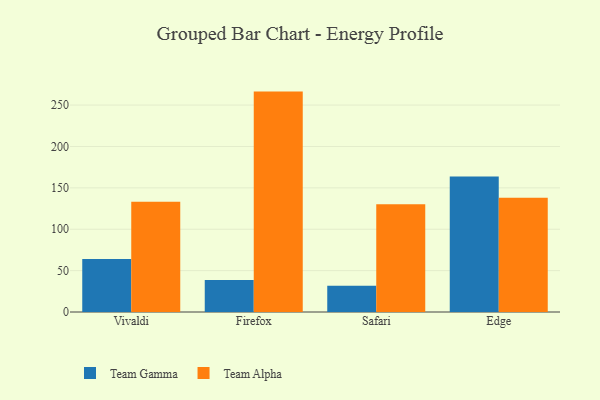
{"axis": {"x": "Browser", "y": "Humidity (%)"}, "legend": ["Team Alpha", "Team Gamma"], "data": [{"x": "Vivaldi", "y": 63.9, "type": "Team Gamma"}, {"x": "Vivaldi", "y": 133.2, "type": "Team Alpha"}, {"x": "Firefox", "y": 38.7, "type": "Team Gamma"}, {"x": "Firefox", "y": 266.3, "type": "Team Alpha"}, {"x": "Safari", "y": 31.7, "type": "Team Gamma"}, {"x": "Safari", "y": 130.2, "type": "Team Alpha"}, {"x": "Edge", "y": 163.7, "type": "Team Gamma"}, {"x": "Edge", "y": 137.9, "type": "Team Alpha"}]}